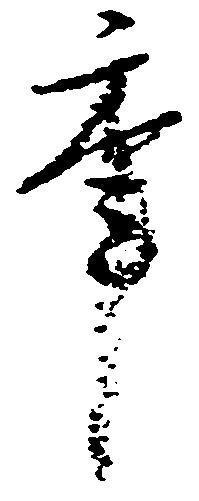
年